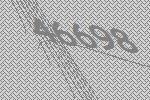
46698